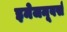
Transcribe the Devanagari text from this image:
इमेजमूवर्स